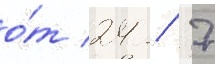
о́т 24 / 7